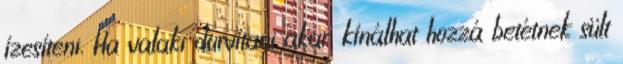
ízesíteni. Ha valaki durvítani akar, kínálhat hozzá betétnek sült